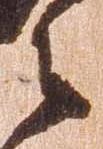
之